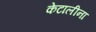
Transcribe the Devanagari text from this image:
केटालीना